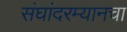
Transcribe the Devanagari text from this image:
संघांदरम्यानचा